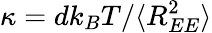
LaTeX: \kappa=dk_{B}T/\langle R_{EE}^{2}\rangle